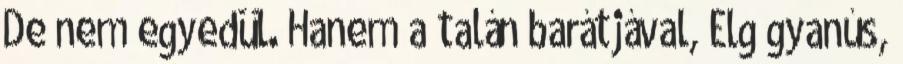
De nem egyedül. Hanem a talán barátjával, Elg gyanús,